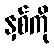
နှစ်ကို